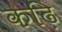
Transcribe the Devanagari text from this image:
कढ़ि